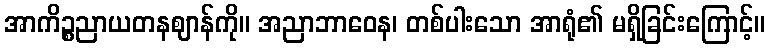
အာကိဉ္စညာယတနဈာန်ကို။ အညာဘာဝေန၊ တစ်ပါးသော အာရုံ၏ မရှိခြင်းကြောင့်။